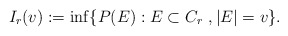
\begin{align*}I_{r}(v):=\inf\{P(E):E\subset C_r\ , |E|=v\}.\end{align*}